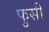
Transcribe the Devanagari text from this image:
फुसी